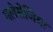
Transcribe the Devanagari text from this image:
मलेसेजिया